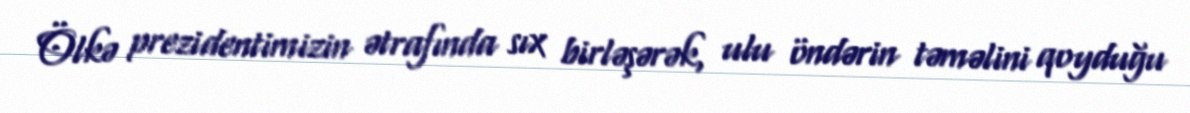
Ölkə prezidentimizin ətrafında sıx birləşərək, ulu öndərin təməlini qoyduğu